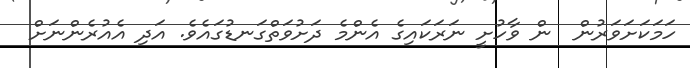
ހަމަކަށަވަރުން  ން ވާހުށީ ނަރަކައިގެ އެންމެ ދަށުވަތްގަނޑުގައެވެ. އަދި އެއުރެންނަށް